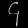
Digit: ၄